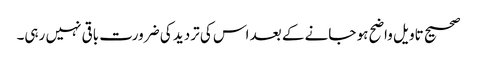
صحیح تاویل واضح ہو جانے کے بعد اس کی تردید کی ضرورت باقی نہیں رہی۔